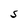
Character: S